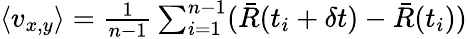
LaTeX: \begin{array}{r}{\langle v_{x,y}\rangle=\frac{1}{n-1}\sum_{i=1}^{n-1}(\bar{R}(t_{i}+\delta t)-\bar{R}(t_{i}))}\end{array}